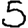
Digit: 5